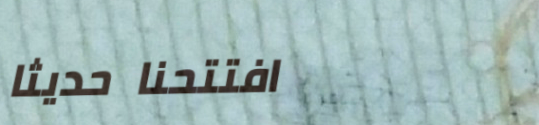
افتتحنا حديثاً